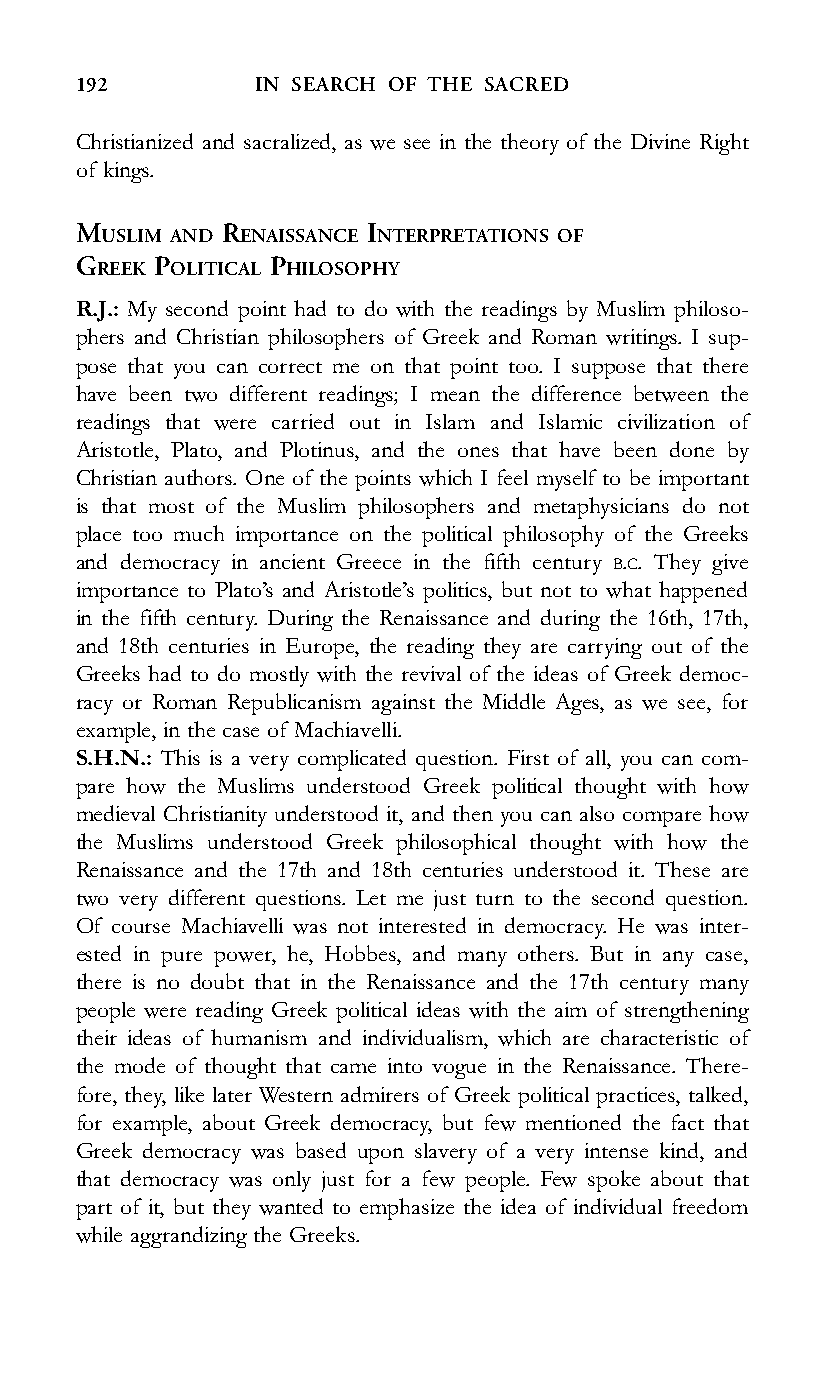
192         IN SEARCH OF THE SACRED
 Christianized and sacralized, as we see in the theory of the Divine Right
 of kings.
 MUSLIM AND RENAISSANCE INTERPRETATIONS OF
 GREEK POLITICAL PHILOSOPHY
 R.J.: My second point had to do with the readings by Muslim philoso-
 phers and Christian philosophers of Greek and Roman writings. I sup-
 pose that you can correct me on that point too. I suppose that there
 have been two different readings; I mean the difference between the
 readings that were carried out in Islam and Islamic civilization of
 Aristotle, Plato, and Plotinus, and the ones that have been done by
 Christian authors. One of the points which I feel myself to be important
 is that most of the Muslim philosophers and metaphysicians do not
 place too much importance on the political philosophy of the Greeks
 and democracy in ancient Greece in the fifth century B.C. They give
 importance to Plato’s and Aristotle’s politics, but not to what happened
 in the fifth century. During the Renaissance and during the 16th, 17th,
 and 18th centuries in Europe, the reading they are carrying out of the
 Greeks had to do mostly with the revival of the ideas of Greek democ-
 racy or Roman Republicanism against the Middle Ages, as we see, for
 example, in the case of Machiavelli.
 S.H.N.: This is a very complicated question. First of all, you can com-
 pare how the Muslims understood Greek political thought with how
 medieval Christianity understood it, and then you can also compare how
 the Muslims understood Greek philosophical thought with how the
 Renaissance and the 17th and 18th centuries understood it. These are
 two very different questions. Let me just turn to the second question.
 Of course Machiavelli was not interested in democracy. He was inter-
 ested in pure power, he, Hobbes, and many others. But in any case,
 there is no doubt that in the Renaissance and the 17th century many
 people were reading Greek political ideas with the aim of strengthening
 their ideas of humanism and individualism, which are characteristic of
 the mode of thought that came into vogue in the Renaissance. There-
 fore, they, like later Western admirers of Greek political practices, talked,
 for example, about Greek democracy, but few mentioned the fact that
 Greek democracy was based upon slavery of a very intense kind, and
 that democracy was only just for a few people. Few spoke about that
 part of it, but they wanted to emphasize the idea of individual freedom
 while aggrandizing the Greeks.